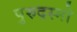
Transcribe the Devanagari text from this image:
पुरुदस्मो